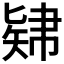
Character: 𥏚